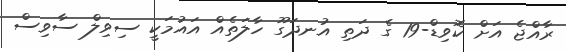
ރާއްޖެ އަށް ކޮވިޑް-19 ގެ ދަތި އުނދަގޫ ހާލަތެއް އައުމަކީ ސިވިލް ސާވިސް